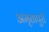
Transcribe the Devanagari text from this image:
अमृतापुरी